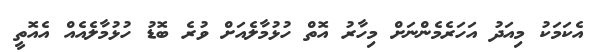
އެކަމަކު މިއަދު އަހަރެމެންނަށް މިހާރު އޮތް ހުޅުމާލެއަށް ވުރެ ބޮޑު ހުޅުމާލެއެއް އެއޮތީ